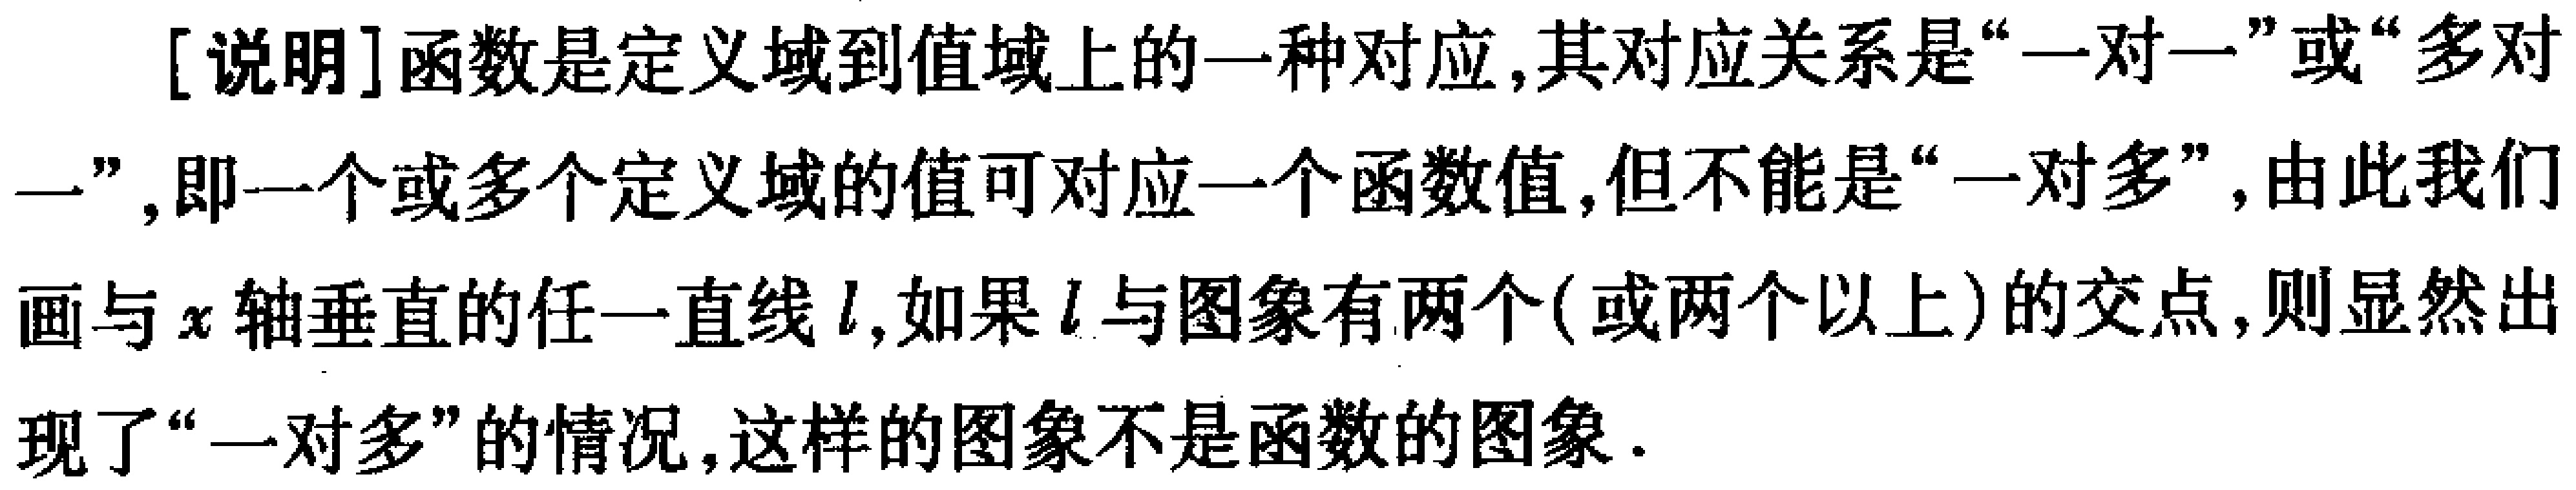
[说明]函数是定义域到值域上的一种对应,其对应关系是“一对一”或“多对一”,即一个或多个定义域的值可对应一个函数值,但不能是“一对多”,由此我们画与\(x\)轴垂直的任一直线\(l\),如果\(l\)与图象有两个(或两个以上)的交点,则显然出现了“一对多”的情况,这样的图象不是函数的图象.